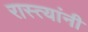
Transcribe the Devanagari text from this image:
रास्त्यांनी